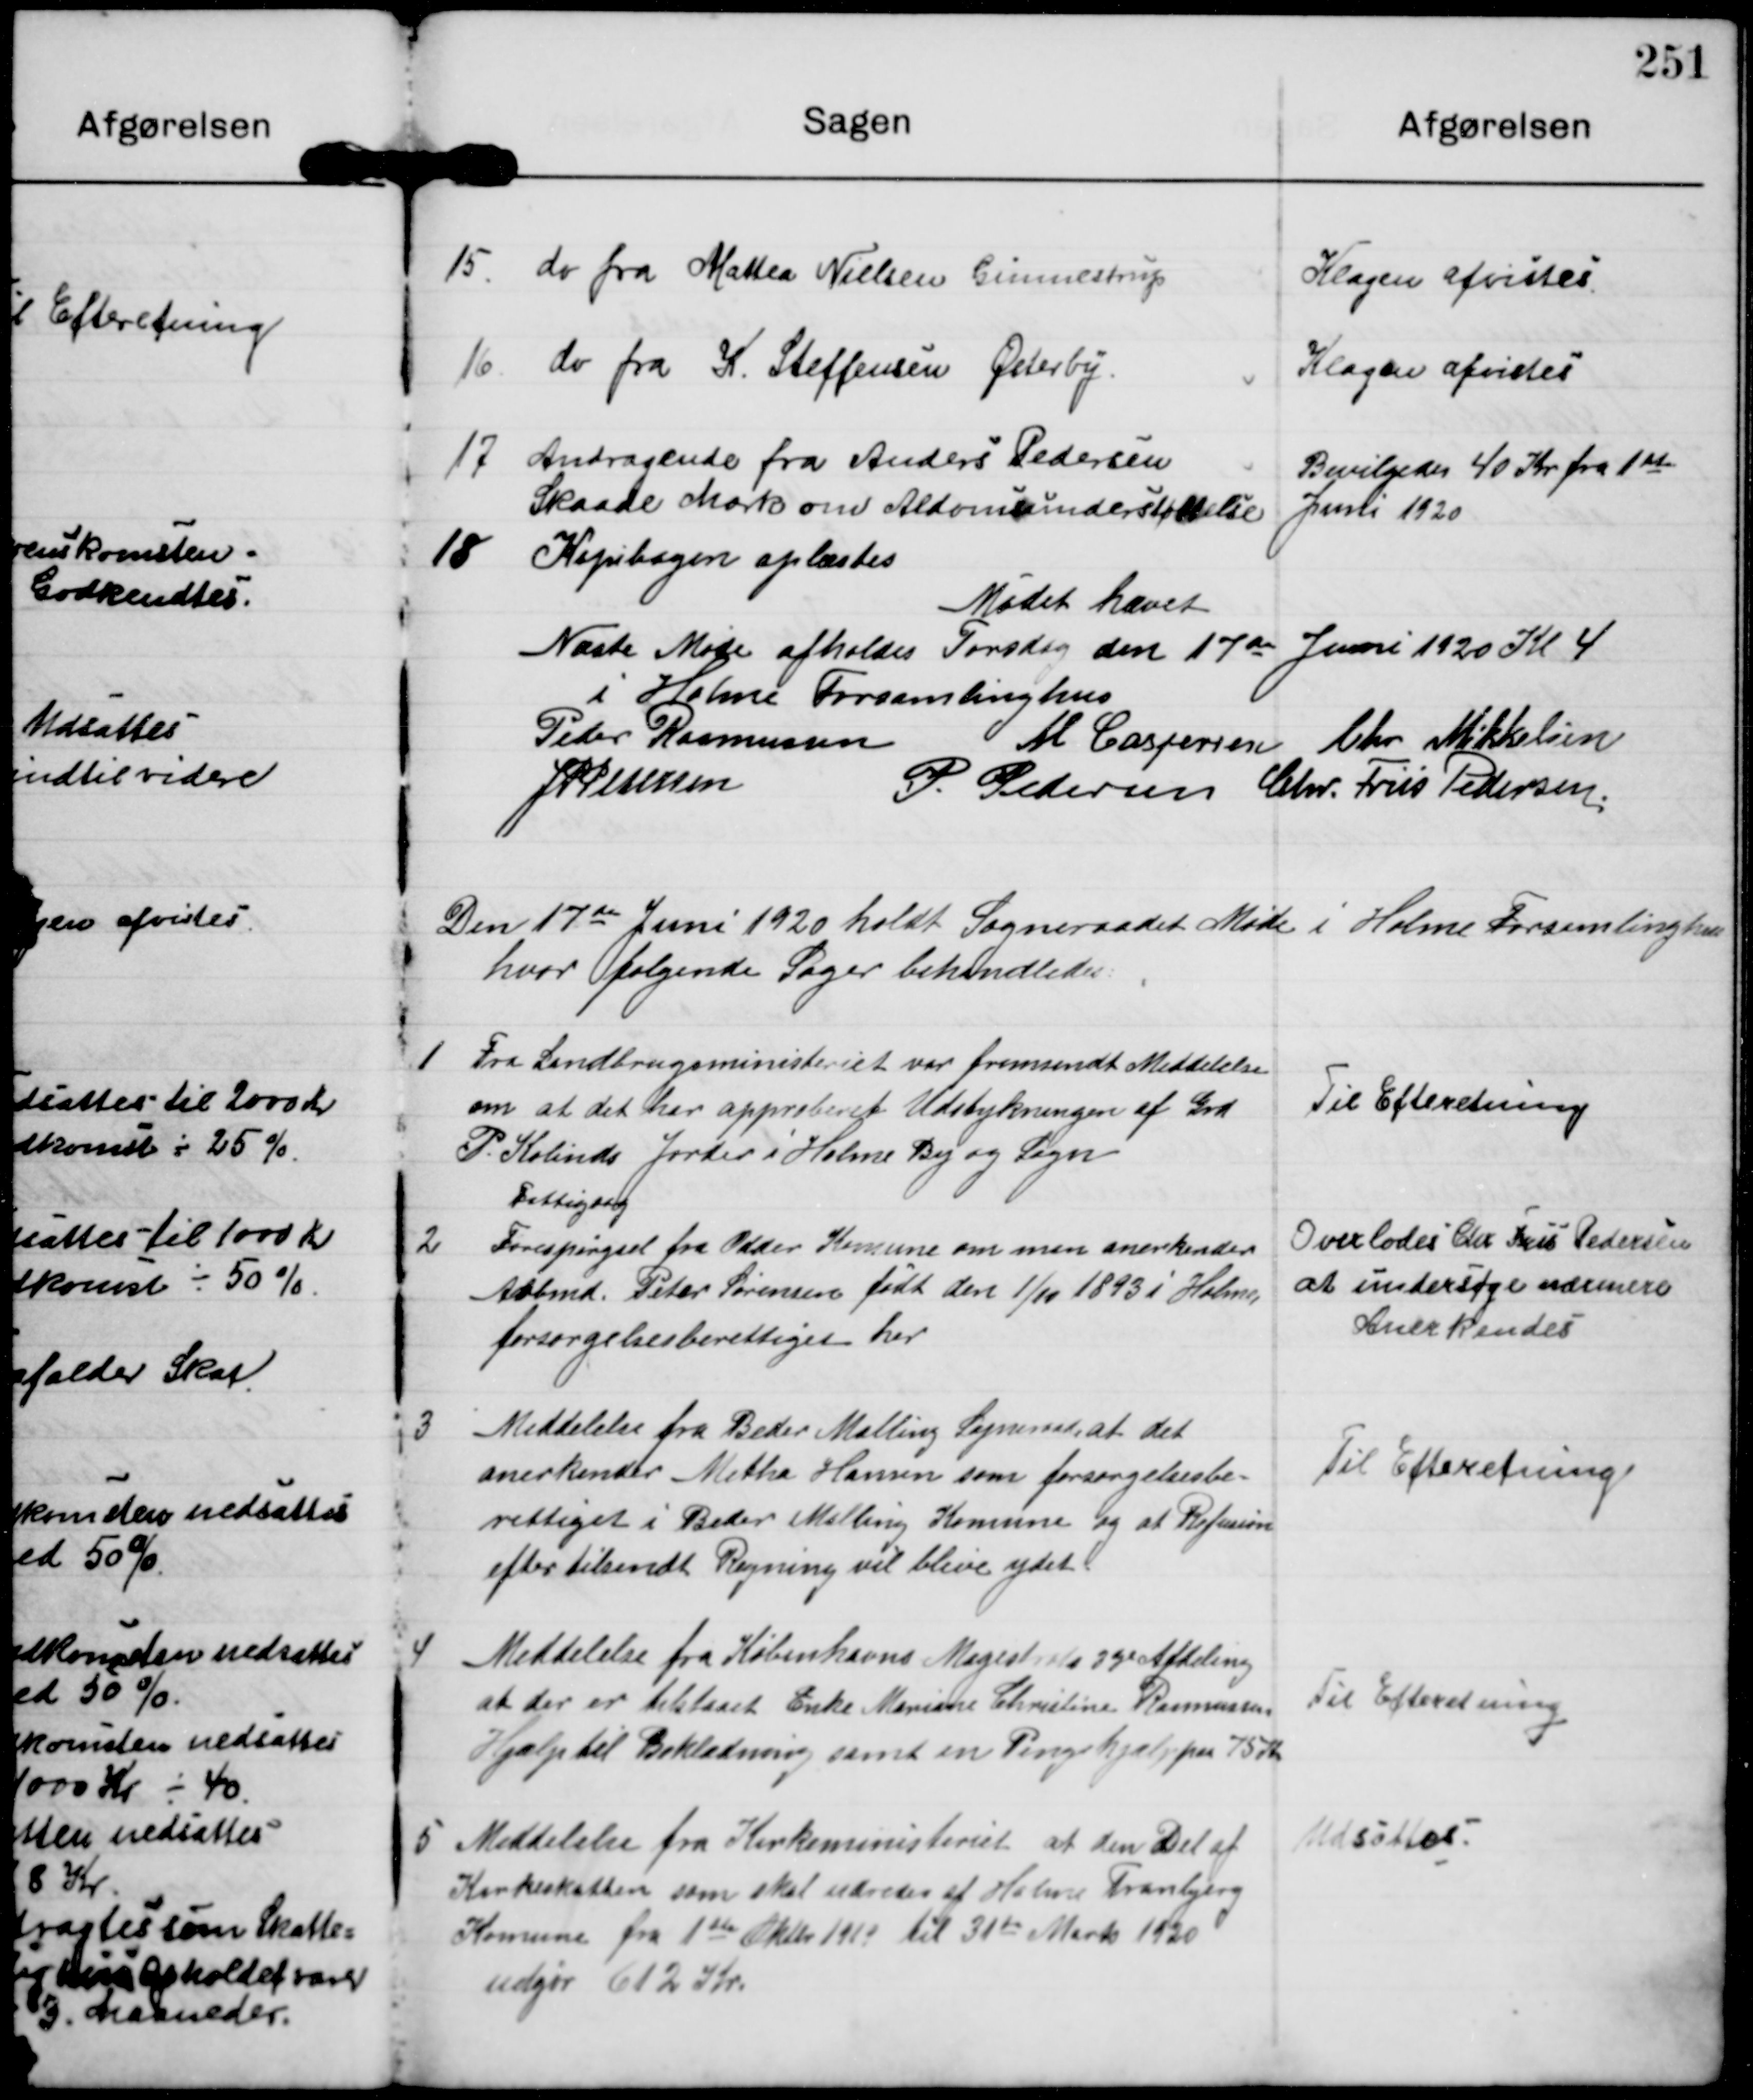
Transskription:
15

do fra Mattea Nielsen Gunnestrup

Klagen afvistes

16

do fra K Steffensen Østerby.

Klagen afvistes

17

Andragende fra Anders Pedersen
Skaade Mark om Alderdomsunderstøttelse

Bevilgedes 40 Kr fra 1st
Juni 1920

18

Kopibogen oplæstes

Mødet hævet

Næste Møde afholdes Torsdag den 17de Juni 1920 Kl 4
i Holme Forsamlinghus

Peder Rasmussen
M Caspersen Chr Mikkelsen
J P Pedersen
P Pedersen Chr. Friis Pedersen

Den 17de Juni 1920 holdt Sogneraadet Møde i Holme Forsamlinghus
hvor følgende Sager behandledes:

1

Fra Landbrugsministeriet var fremsendt Meddelelse
om at det har approberet Udstykningen af Grd
P Kolinds Jorder i Holme By og Sogn

Til Efteretning

2

Fattigsag
Forespørgsel fra Odder Komune om man anerkender
Arbmd. Peter Sørensen født den 1/11 1893 i Holme,
forsørgelsesberettiget her

Overlodes Chr. Friis Pedersen
at undersøge nærmere
Anerkendes.

3

Meddelelse fra Beder Malling Sogneraad at det
anerkender Metha Hansen som forsørgelsesbe-
rettiget i Beder Malling Komune og at Refusion
efter tilsendt Regning vil blive ydet.

Til Efteretning

4

Meddelelse fra Københavns Magistrats 3die afdeling
at der er Tilstaaet Enke Mariane Christine Rasmussen
Hjælp til Beklædning samt en Pengehjælp paa 75 Kr

Til Efteretning

5

Meddelelse fra Kirkeministeriet at den Del af
Kirkeskatten som skal udredes at Holme Tranbjerg
Komune fra 1ste Oktbr 1919 til 31te Marts 1920
udgør 612 Kr.

Udsattes.